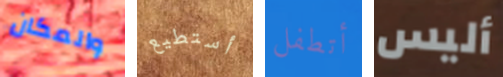
والمكان أستطيع أتطفل أليس